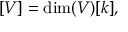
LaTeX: [ V ] = \dim ( V ) [ k ] ,